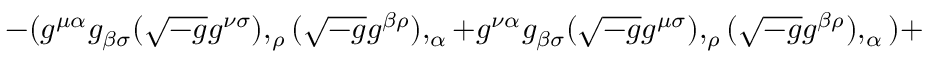
- ( g ^ { \mu \alpha } g _ { \beta \sigma } ( { \sqrt { - g } } g ^ { \nu \sigma } ) , _ { \rho } ( { \sqrt { - g } } g ^ { \beta \rho } ) , _ { \alpha } + g ^ { \nu \alpha } g _ { \beta \sigma } ( { \sqrt { - g } } g ^ { \mu \sigma } ) , _ { \rho } ( { \sqrt { - g } } g ^ { \beta \rho } ) , _ { \alpha } ) +